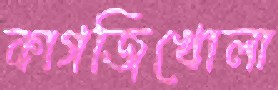
কাগজিখোলা